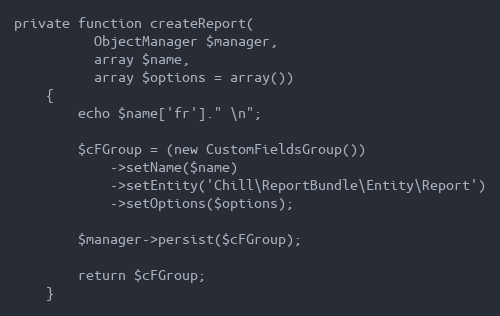
Language: PHP
private function createReport(
          ObjectManager $manager,
          array $name,
          array $options = array())
    {
        echo $name['fr']." \n";

        $cFGroup = (new CustomFieldsGroup())
            ->setName($name)
            ->setEntity('Chill\ReportBundle\Entity\Report')
            ->setOptions($options);

        $manager->persist($cFGroup);

        return $cFGroup;
    }